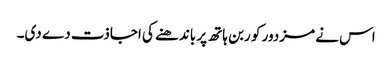
اس نے مزدور کو ربن ہاتھ پر باندھنے کی اجاذت دے دی۔